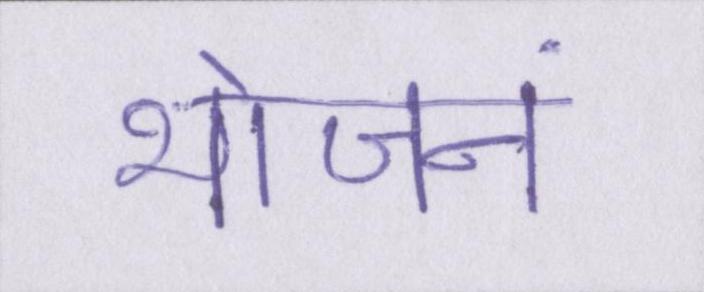
भोजनं